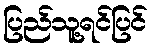
ပြည်သူ့ရင်ပြင်